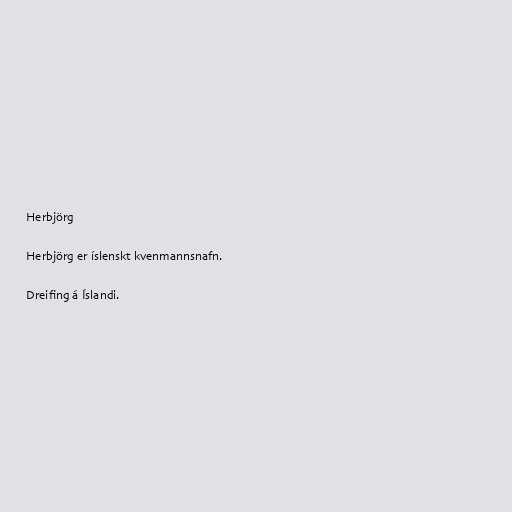
Herbjörg

Herbjörg er íslenskt kvenmannsnafn.

Dreifing á Íslandi.